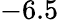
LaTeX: -6.5